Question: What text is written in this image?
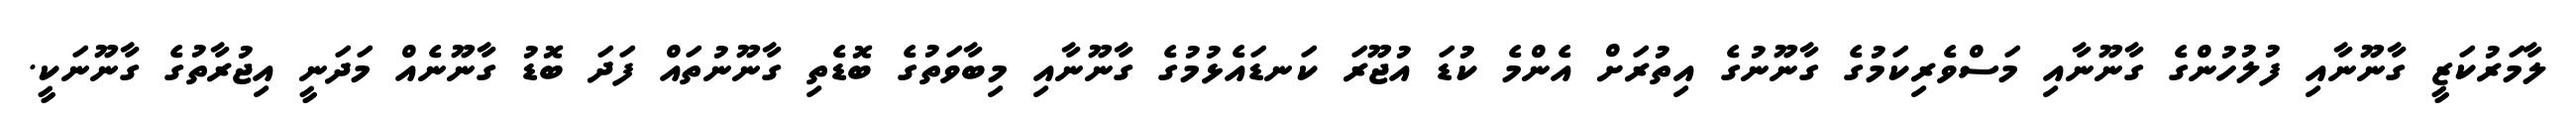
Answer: ލާމަރުކަޒީ ގާނޫނާއި ފުލުހުންގެ ގާނޫނާއި މަސްވެރިކަމުގެ ގާނޫނުގެ އިތުރަށް އެންމެ ކުޑަ އުޖޫރަ ކަނޑައެޅުމުގެ ގާނޫނާއި މިބާވަތުގެ ބޮޑެތި ގާނޫނުތައް ފަދަ ބޮޑު ގާނޫނެއް މަދަނީ އިޖުރާތުގެ ގާނޫނަކީ.